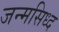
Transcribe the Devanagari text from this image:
जन्मसिध्द